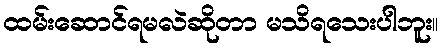
ထမ်းဆောင်ရမလဲဆိုတာ မသိရသေးပါဘူး။